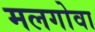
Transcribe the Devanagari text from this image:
मलगोवा